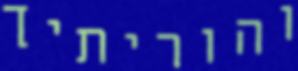
והוריתיך